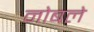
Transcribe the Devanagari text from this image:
नोबले